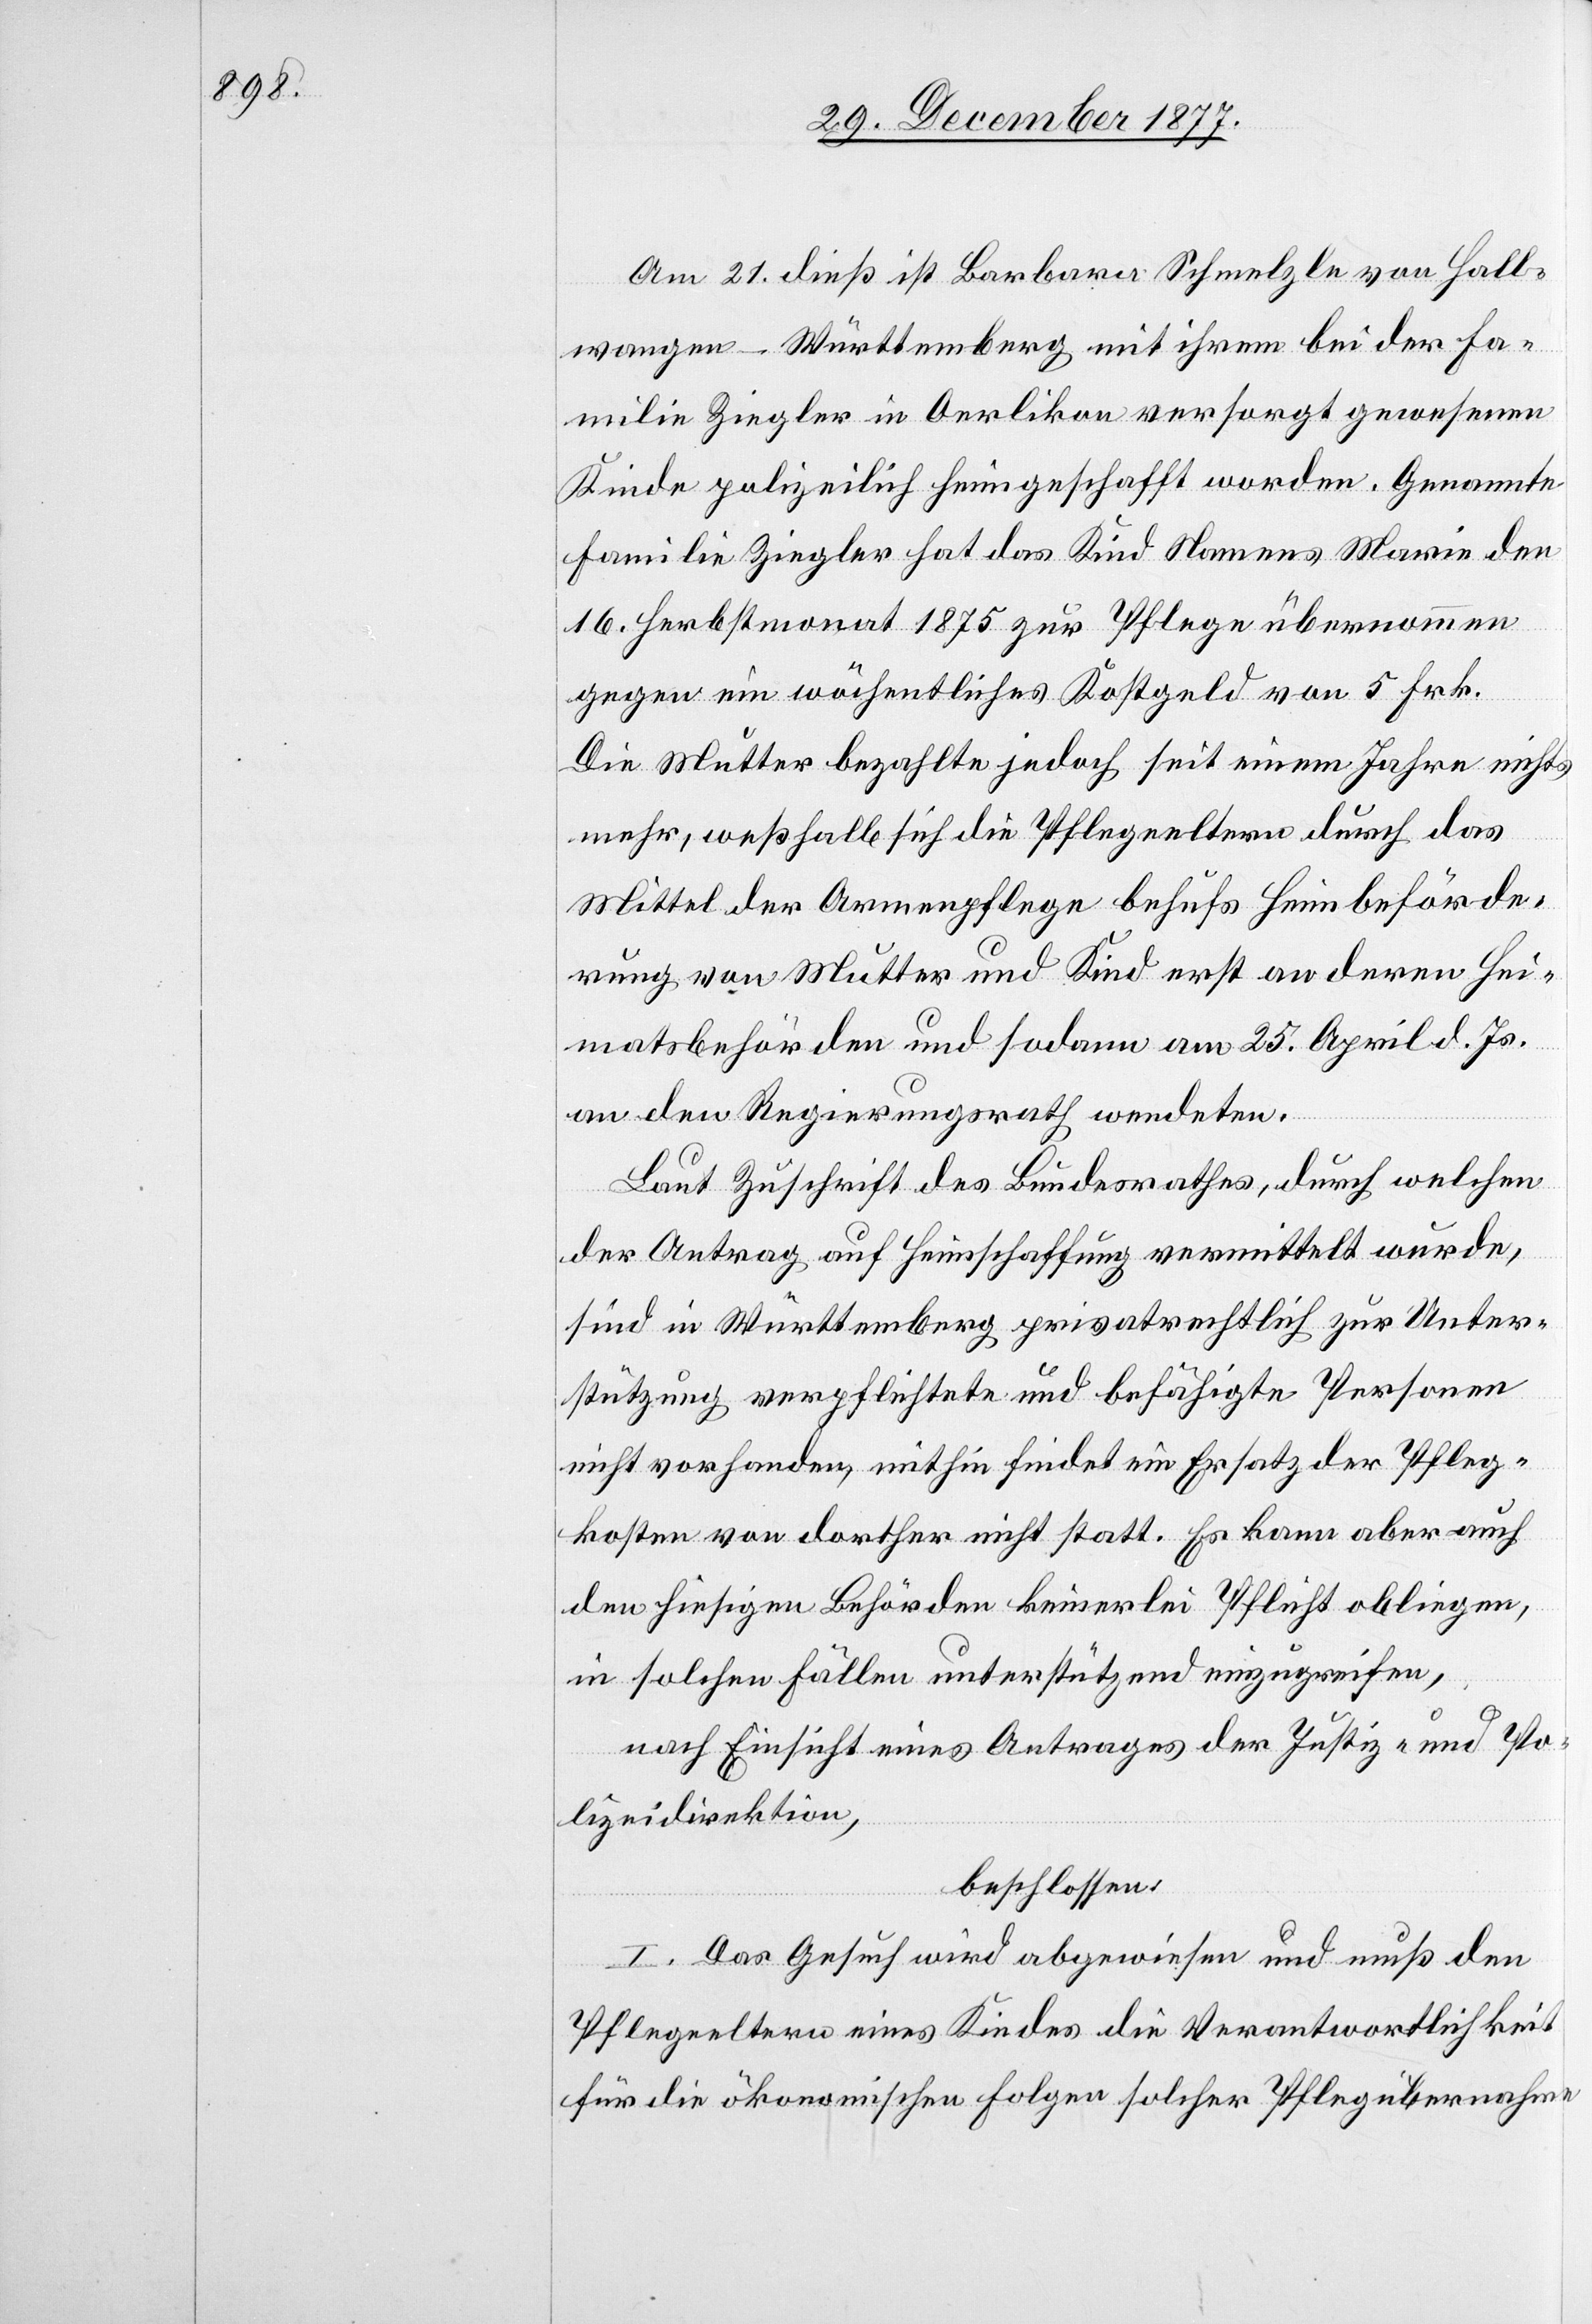
Am 21. dieß ist Barbara Schmelzle von Hall¬
wangen - Württemberg mit ihrem bei der Fa¬
milie Ziegler in Oerlikon versorgt gewesenen
Kinde polizeilich heimgeschafft worden. Genannte
Familie Ziegler hat das Kind Namens Marie den
16. Herbstmonat 1875 zur Pflege übernommen
gegen ein wöchentliches Kostgeld von 5 Frk.
Die Mutter bezahlte jedoch seit einem Jahre nichts
mehr, weßhalb sich die Pflegeeltern durch das
Mittel der Armenpflege behufs Heimbeförde¬
rung von Mutter und Kind erst an deren Hei¬
matsbehörden und sodann am 25. April d. Js.
an den Regierungsrath wendeten.
Laut Zuschrift des Bundesrathes, durch welchen
der Antrag auf Heimschaffung vermittelt wurde,
sind in Württemberg privatrechtlich zur Unter¬
stützung verpflichtete und befähigte Personen
nicht vorhanden, mithin findet ein Ersatz der Pfleg¬
kosten von dorther nicht statt. Es kann aber auch
den hiesigen Behörden keinerlei Pflicht obliegen,
in solchen Fällen unterstützend einzugreifen,
nach Einsicht eines Antrages der Justiz- und Po¬
lizeidirektion,
beschlossen:
I. Das Gesuch wird abgewiesen und muß den
Pflegeeltern eines Kindes die Verantwortlichkeit
für die ökonomischen Folgen solcher Pflegübernahme